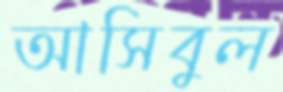
আসিবুল